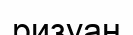
ризуан